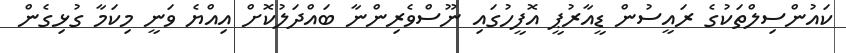
ކައުންސިލްތަކުގެ ރައީސުން ޑީއާރުޕީ އޮފީހުގައި ނޫސްވެރިންނާ ބައްދަލުކޮށް އިއްޔެ ވަނީ މިކަމާ ގުޅިގެން